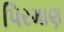
પિરમાણ